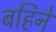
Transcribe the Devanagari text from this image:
बहिने